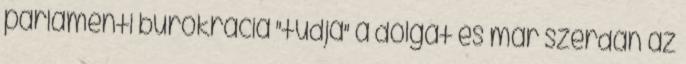
parlamenti bürokrácia "tudja" a dolgát és már szerdán az